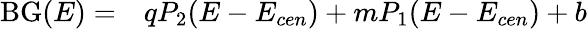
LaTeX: \begin{array}{rl}{\mathrm{BG}(E)=}&{{}qP_{2}(E-E_{cen})+mP_{1}(E-E_{cen})+b}\end{array}